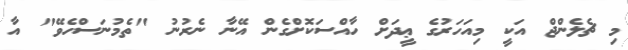
މި ޗެލެންޖް އަކީ މިއަހަރުގެ ޢީދަށް ހާއްސަކޮށްގެން އޭނާ ނެރުނު "ތެމުނަސްހެވޭ" އާ